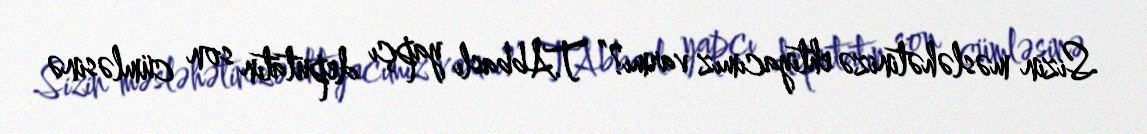
Sizin məsləhətinizə ehtiyacımız varmı?” T.Abbaslı yapçı deputatın son cümləsinə